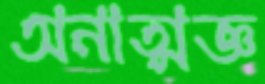
অনাত্মজ্ঞ